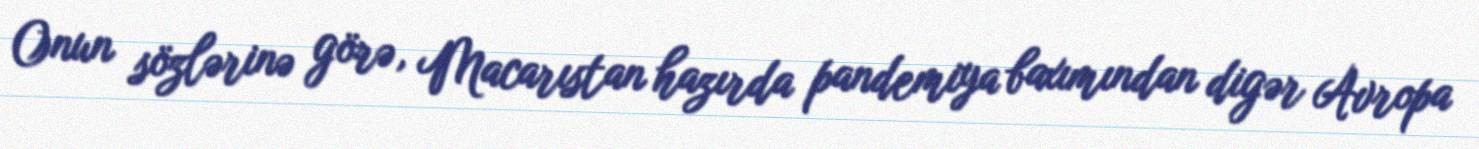
Onun sözlərinə görə, Macarıstan hazırda pandemiya baxımından digər Avropa